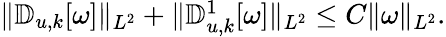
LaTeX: \begin{array}{r}{\| \mathbb{D}_{u,k}[\omega]\| _{L^{2}}+\| \mathbb{D}_{u,k}^{1}[\omega]\| _{L^{2}}\leq C\| \omega\| _{L^{2}}.}\end{array}